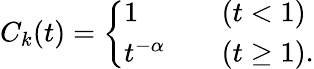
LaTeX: \begin{array}{r}{C_{k}(t)=\left\{ \begin{array}{ll}{1}&{(t<1)}\\ {t^{-\alpha}\quad}&{(t\geq 1).}\end{array}\right.}\end{array}